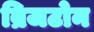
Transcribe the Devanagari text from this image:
ब्रिजटोन